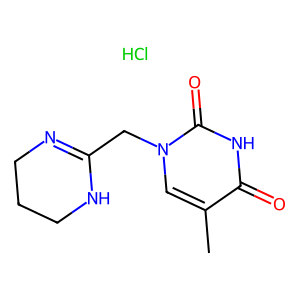
SMILES: Cc1cn(CC2=NCCCN2)c(=O)[nH]c1=O.Cl
Inhibits HIV replication: No